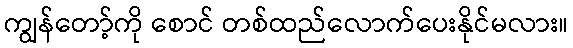
ကျွန်တော့်ကို စောင် တစ်ထည်လောက်ပေးနိုင်မလား။